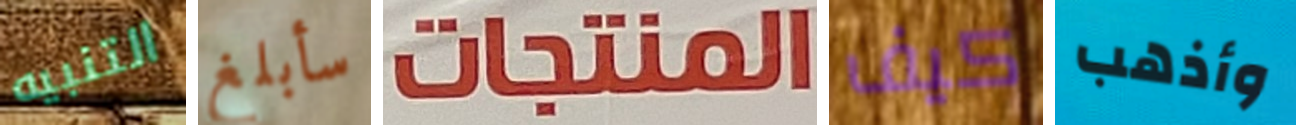
التنبيه سأبلغ المنتجات كيف وأذهب